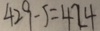
4 2 9 - 5 = 4 2 4